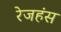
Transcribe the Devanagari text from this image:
रेजहंस